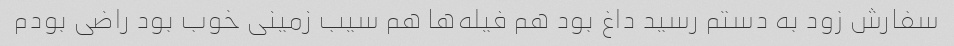
سفارش زود به دستم رسید داغ بود هم فیله‌ها هم سیب زمینی خوب بود راضی بودم